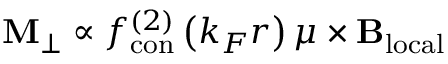
\mathbf { M } _ { \perp } \propto f _ { \mathrm { c o n } } ^ { ( 2 ) } \left( k _ { F } r \right) \boldsymbol { \mu } \times \mathbf { B _ { \mathrm { l o c a l } } }